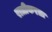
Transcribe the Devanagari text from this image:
रात्रीकरता